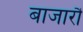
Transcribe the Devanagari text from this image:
बाजारौं